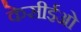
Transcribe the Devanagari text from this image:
केसीईओ